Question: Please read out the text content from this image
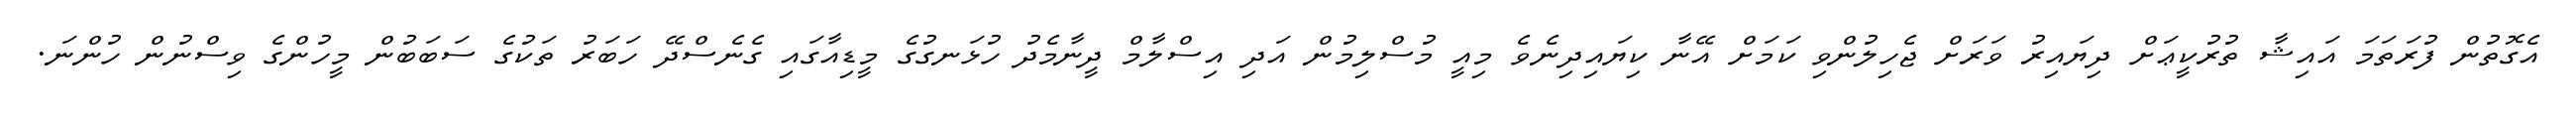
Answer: އެގޮތުން ފުރަތަމަ އައިޝާ ތުރުކީޢަށް ދިޔައިރު ވަރަށް ޖެހިލުންވި ކަމަށް އޭނާ ކިޔައިދިނެވެ މިއީ މުސްލިމުން އަދި އިސްލާމް ދީނާމެދު ހުޅަނގުގެ މީޑިއާގައި ގެނެސްދޭ ހަބަރު ތަކުގެ ސަބަބުން މީހުންގެ ވިސްނުން ހުންނަ.